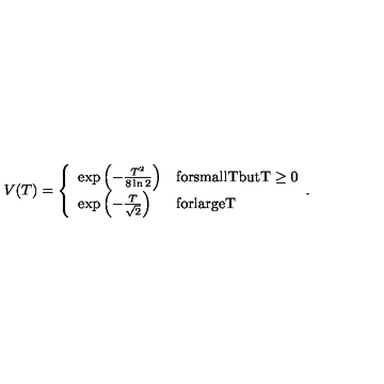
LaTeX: V ( T ) = \left\{ \begin{array} { l l } { \exp \left( - \frac { T ^ { 2 } } { 8 \ln 2 } \right) } & { \mathrm { f o r s m a l l T b u t T \ge 0 } } \\ { \exp \left( - \frac { T } { \sqrt { 2 } } \right) } & { \mathrm { f o r l a r g e T } } \\ \end{array} . \right.